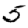
Digit: 5